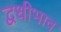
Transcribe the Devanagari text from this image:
द्वधीभाव